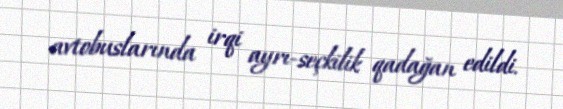
avtobuslarında irqi ayrı-seçkilik qadağan edildi.